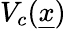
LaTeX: V_{c}(\underline{{x}})